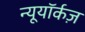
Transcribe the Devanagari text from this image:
न्यूयॉर्कज़